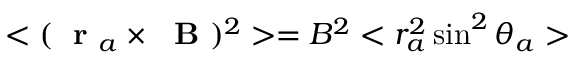
< ( \mathrm { ~ \bf ~ r ~ } _ { a } \times \mathrm { ~ \bf ~ B ~ } ) ^ { 2 } > = B ^ { 2 } < r _ { a } ^ { 2 } \sin ^ { 2 } \theta _ { a } >